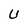
Character: U